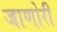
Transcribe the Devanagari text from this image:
जाणोरी